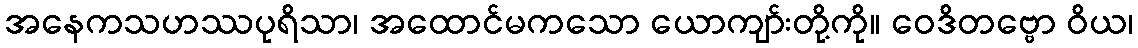
အနေကသဟဿပုရိသာ၊ အထောင်မကသော ယောကျာ်းတို့ကို။ ဝေဒိတဗ္ဗော ဝိယ၊